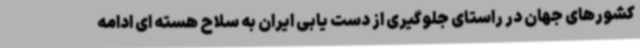
کشورهای جهان در راستای جلوگیری از دست یابی ایران به سلاح هسته ای ادامه